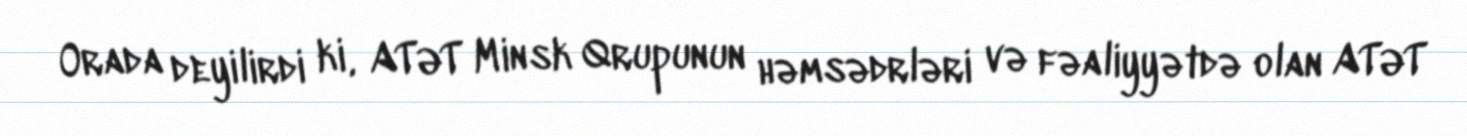
Orada deyilirdi ki, ATƏT Minsk Qrupunun həmsədrləri və fəaliyyətdə olan ATƏT